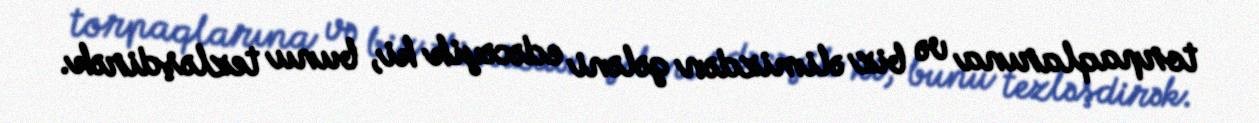
torpaqlarına və biz əlimizdən gələni edəcəyik ki, bunu tezləşdirək.